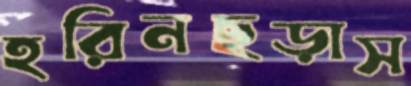
হরিনছড়াস